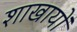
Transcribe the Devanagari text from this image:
शाखायों